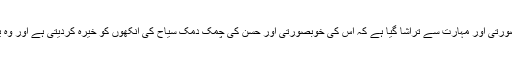
در حقیقت شنگریلا کی یہ جنت قدرت کے تخلیق کردہ ایسے انمول ہیرے کی مانند ہےجس کو اس خوبصورتی اور مہارت سے تراشا گیا ہے کہ اس کی خوبصورتی اور حسن کی چمک دمک سیاح کی آنکھوں کو خیرہ کردیتی ہے اور وہ یہاں کی سیر کے دوران مناظر کی حسن میں ایسا کھو جاتا ہے کہ وقت کے گزرنے کا پتہ ہی نہیں چلتا۔